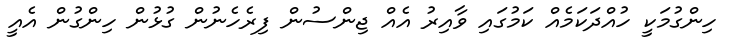
ހިންގުމަކީ ހުއްދަކަމެއް ކަމުގައި ވާއިރު އެއް ޖިންސުން ފިރެހެނުން ގުޅުން ހިންގުން އެއީ